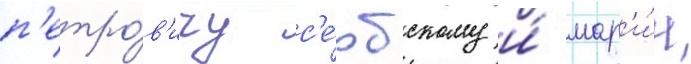
п'етро́в'ичу с'е́рбскому и́ мар'и́и